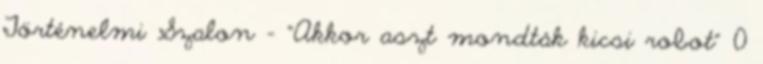
Történelmi Szalon – “Akkor aszt mondták kicsi robot” 0